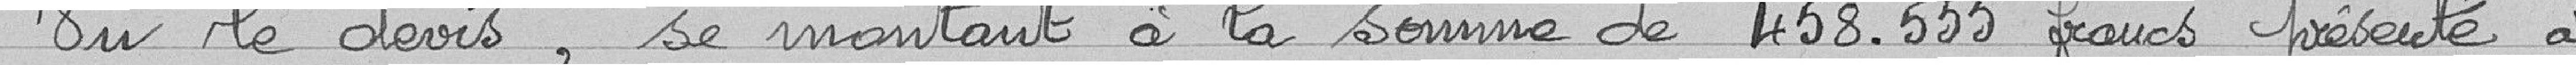
Vu le devis, se montant à la somme de 458 555 francs présenté à